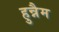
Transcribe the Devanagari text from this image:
हुन्नैम